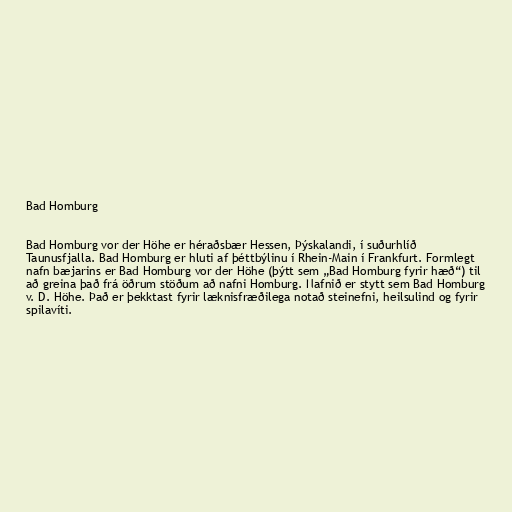
Bad Homburg

Bad Homburg vor der Höhe er héraðsbær Hessen, Þýskalandi, í suðurhlíð
Taunusfjalla. Bad Homburg er hluti af þéttbýlinu í Rhein-Main í Frankfurt. Formlegt
nafn bæjarins er Bad Homburg vor der Höhe (þýtt sem „Bad Homburg fyrir hæð“) til
að greina það frá öðrum stöðum að nafni Homburg. Nafnið er stytt sem Bad Homburg
v. D. Höhe. Það er þekktast fyrir læknisfræðilega notað steinefni, heilsulind og fyrir
spilavíti.